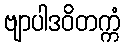
ဗျာပါဒဝိတက္ကံ